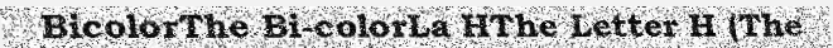
BicolorThe Bi-colorLa HThe Letter H (The